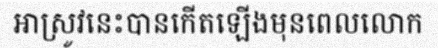
អាស្រូវនេះបានកើតឡើងមុនពេលលោក